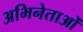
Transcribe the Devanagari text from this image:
अभिनेताओँ